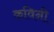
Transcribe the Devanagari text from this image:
कविनी